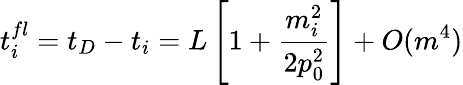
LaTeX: t_{i}^{fl}=t_{D}-t_{i}=L\left[1+\frac{m_{i}^{2}}{2p_{0}^{2}}\right]+O(m^{4})